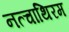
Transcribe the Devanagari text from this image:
नत्चाथिरम